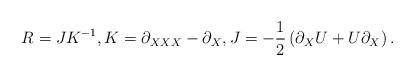
LaTeX: \begin{align*}R=JK^{-1},K=\partial_{XXX}-\partial_X,J=-\frac{1}{2}\left(\partial_XU+U\partial_X\right).\end{align*}